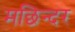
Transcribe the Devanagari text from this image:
मछिन्दर